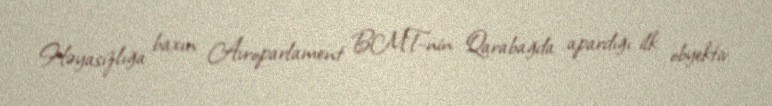
Həyasızlığa baxın: Avroparlament BMT-nin Qarabağda apardığı ilk obyektiv